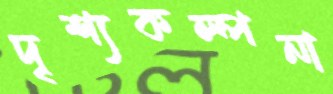
দৃশ্যকল্পনা